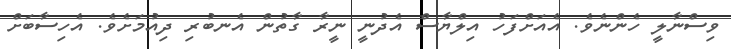
ވިސްނާލީ ހެންނެވެ. އެއަށްފަހު އިލްޔާސް އެދުނީ ނީރާ ގާތުން އެނބުރި ދިއުމަށެވެ. އެހިސާބަށް